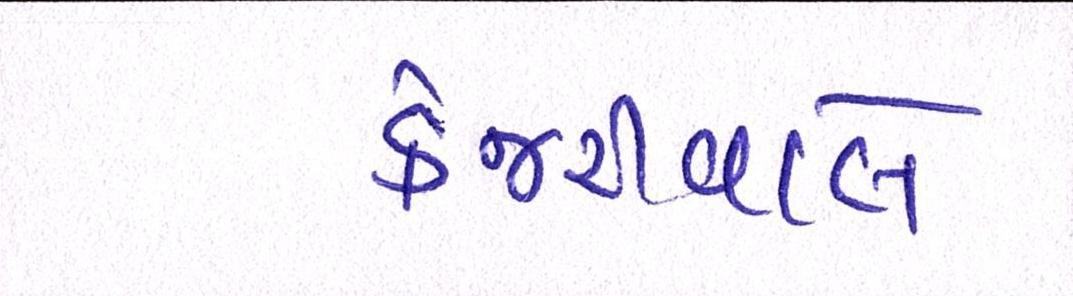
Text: કેજરીવાલે